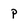
Character: p